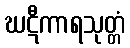
ဃဋီကာရသုတ္တံ